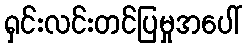
ရှင်းလင်းတင်ပြမှုအပေါ်